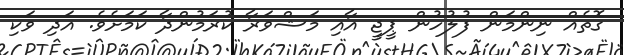
ގޮތެއް ނިންމަން ފުލުހުން ޕީޖީ އާއި މަޝްވަރާ ކުރަމުންދާ ކަމަށެވެ. އަދި ވަކި